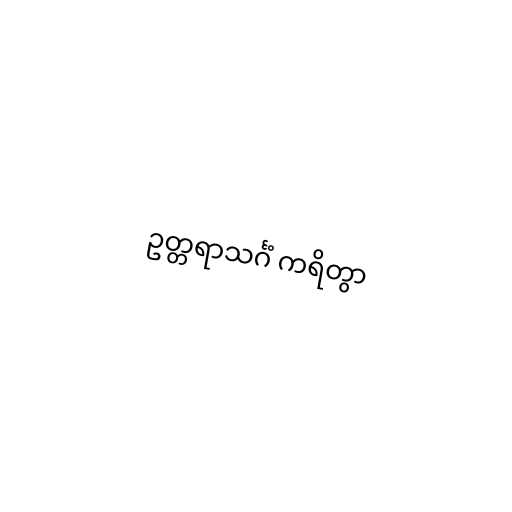
ဥတ္တရာသင်္ဂံ ကရိတွာ